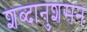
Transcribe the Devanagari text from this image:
शब्दानुशसन